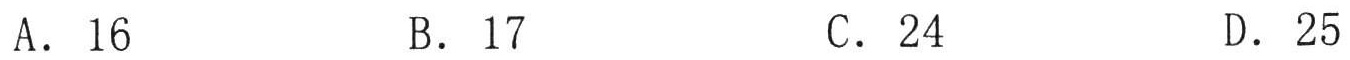
A．16
B．17
C．24
D．25